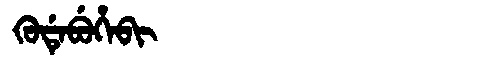
Manchu: ᡴᡠᡩᡝᠪᡠᡥᡝᠪᡳ
Romanization: KUDEBUHEBI